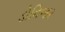
ડોનિજર